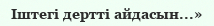
Іштегі дертті айдасын...»